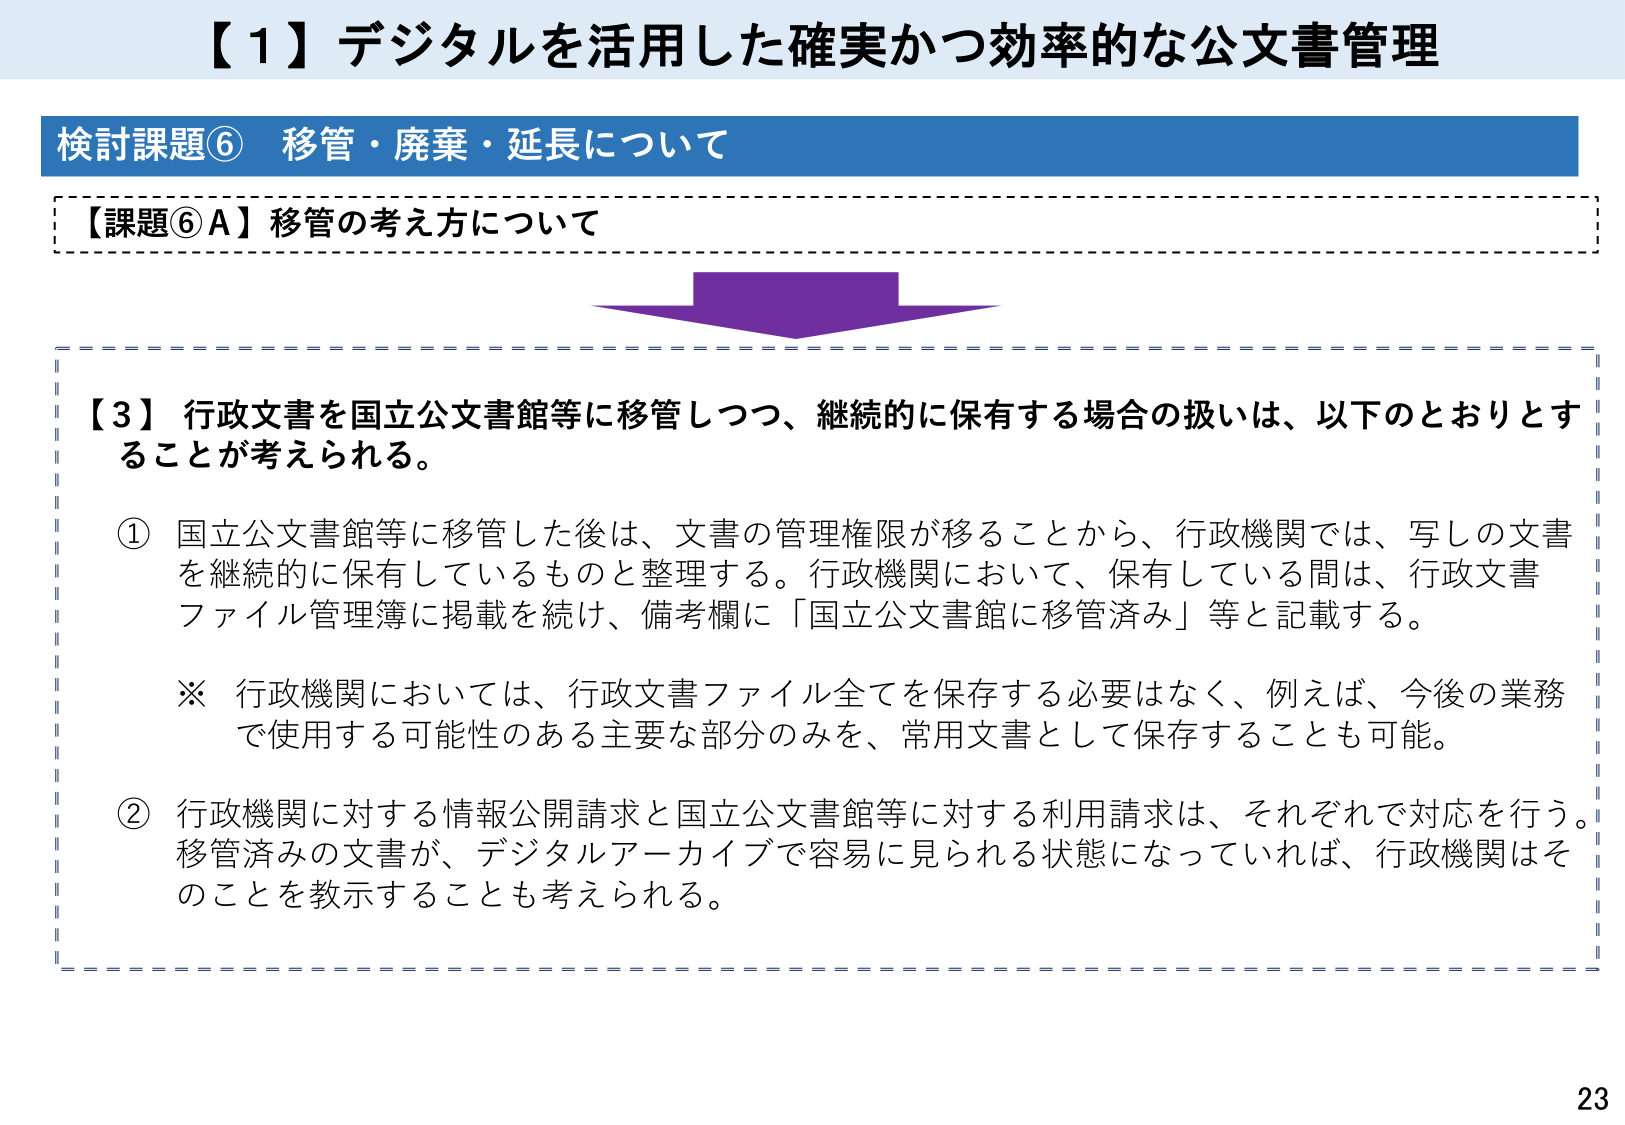
【１】デジタルを活用した確実かつ効率的な公文書管理

検討課題⑥ 移管・廃棄・延長について

【課題⑥Ａ】移管の考え方について

【３】行政文書を国立公文書館等に移管しつつ、継続的に保有する場合の扱いは、以下のとおりとすることが考えられる。

① 国立公文書館等に移管した後は、文書の管理権限が移ることから、行政機関では、写しの文書を継続的に保有しているものと整理する。行政機関において、保有している間は、行政文書ファイル管理簿に掲載を続け、備考欄に「国立公文書館に移管済み」等と記載する。

※ 行政機関においては、行政文書ファイル全てを保存する必要はなく、例えば、今後の業務で使用する可能性のある主要な部分のみを、常用文書として保存することも可能。

② 行政機関に対する情報公開請求と国立公文書館等に対する利用請求は、それぞれで対応を行う。移管済みの文書が、デジタルアーカイブで容易に見られる状態になっていれば、行政機関はそのことを教示することも考えられる。

23